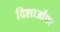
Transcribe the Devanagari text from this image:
दिशाओंपर